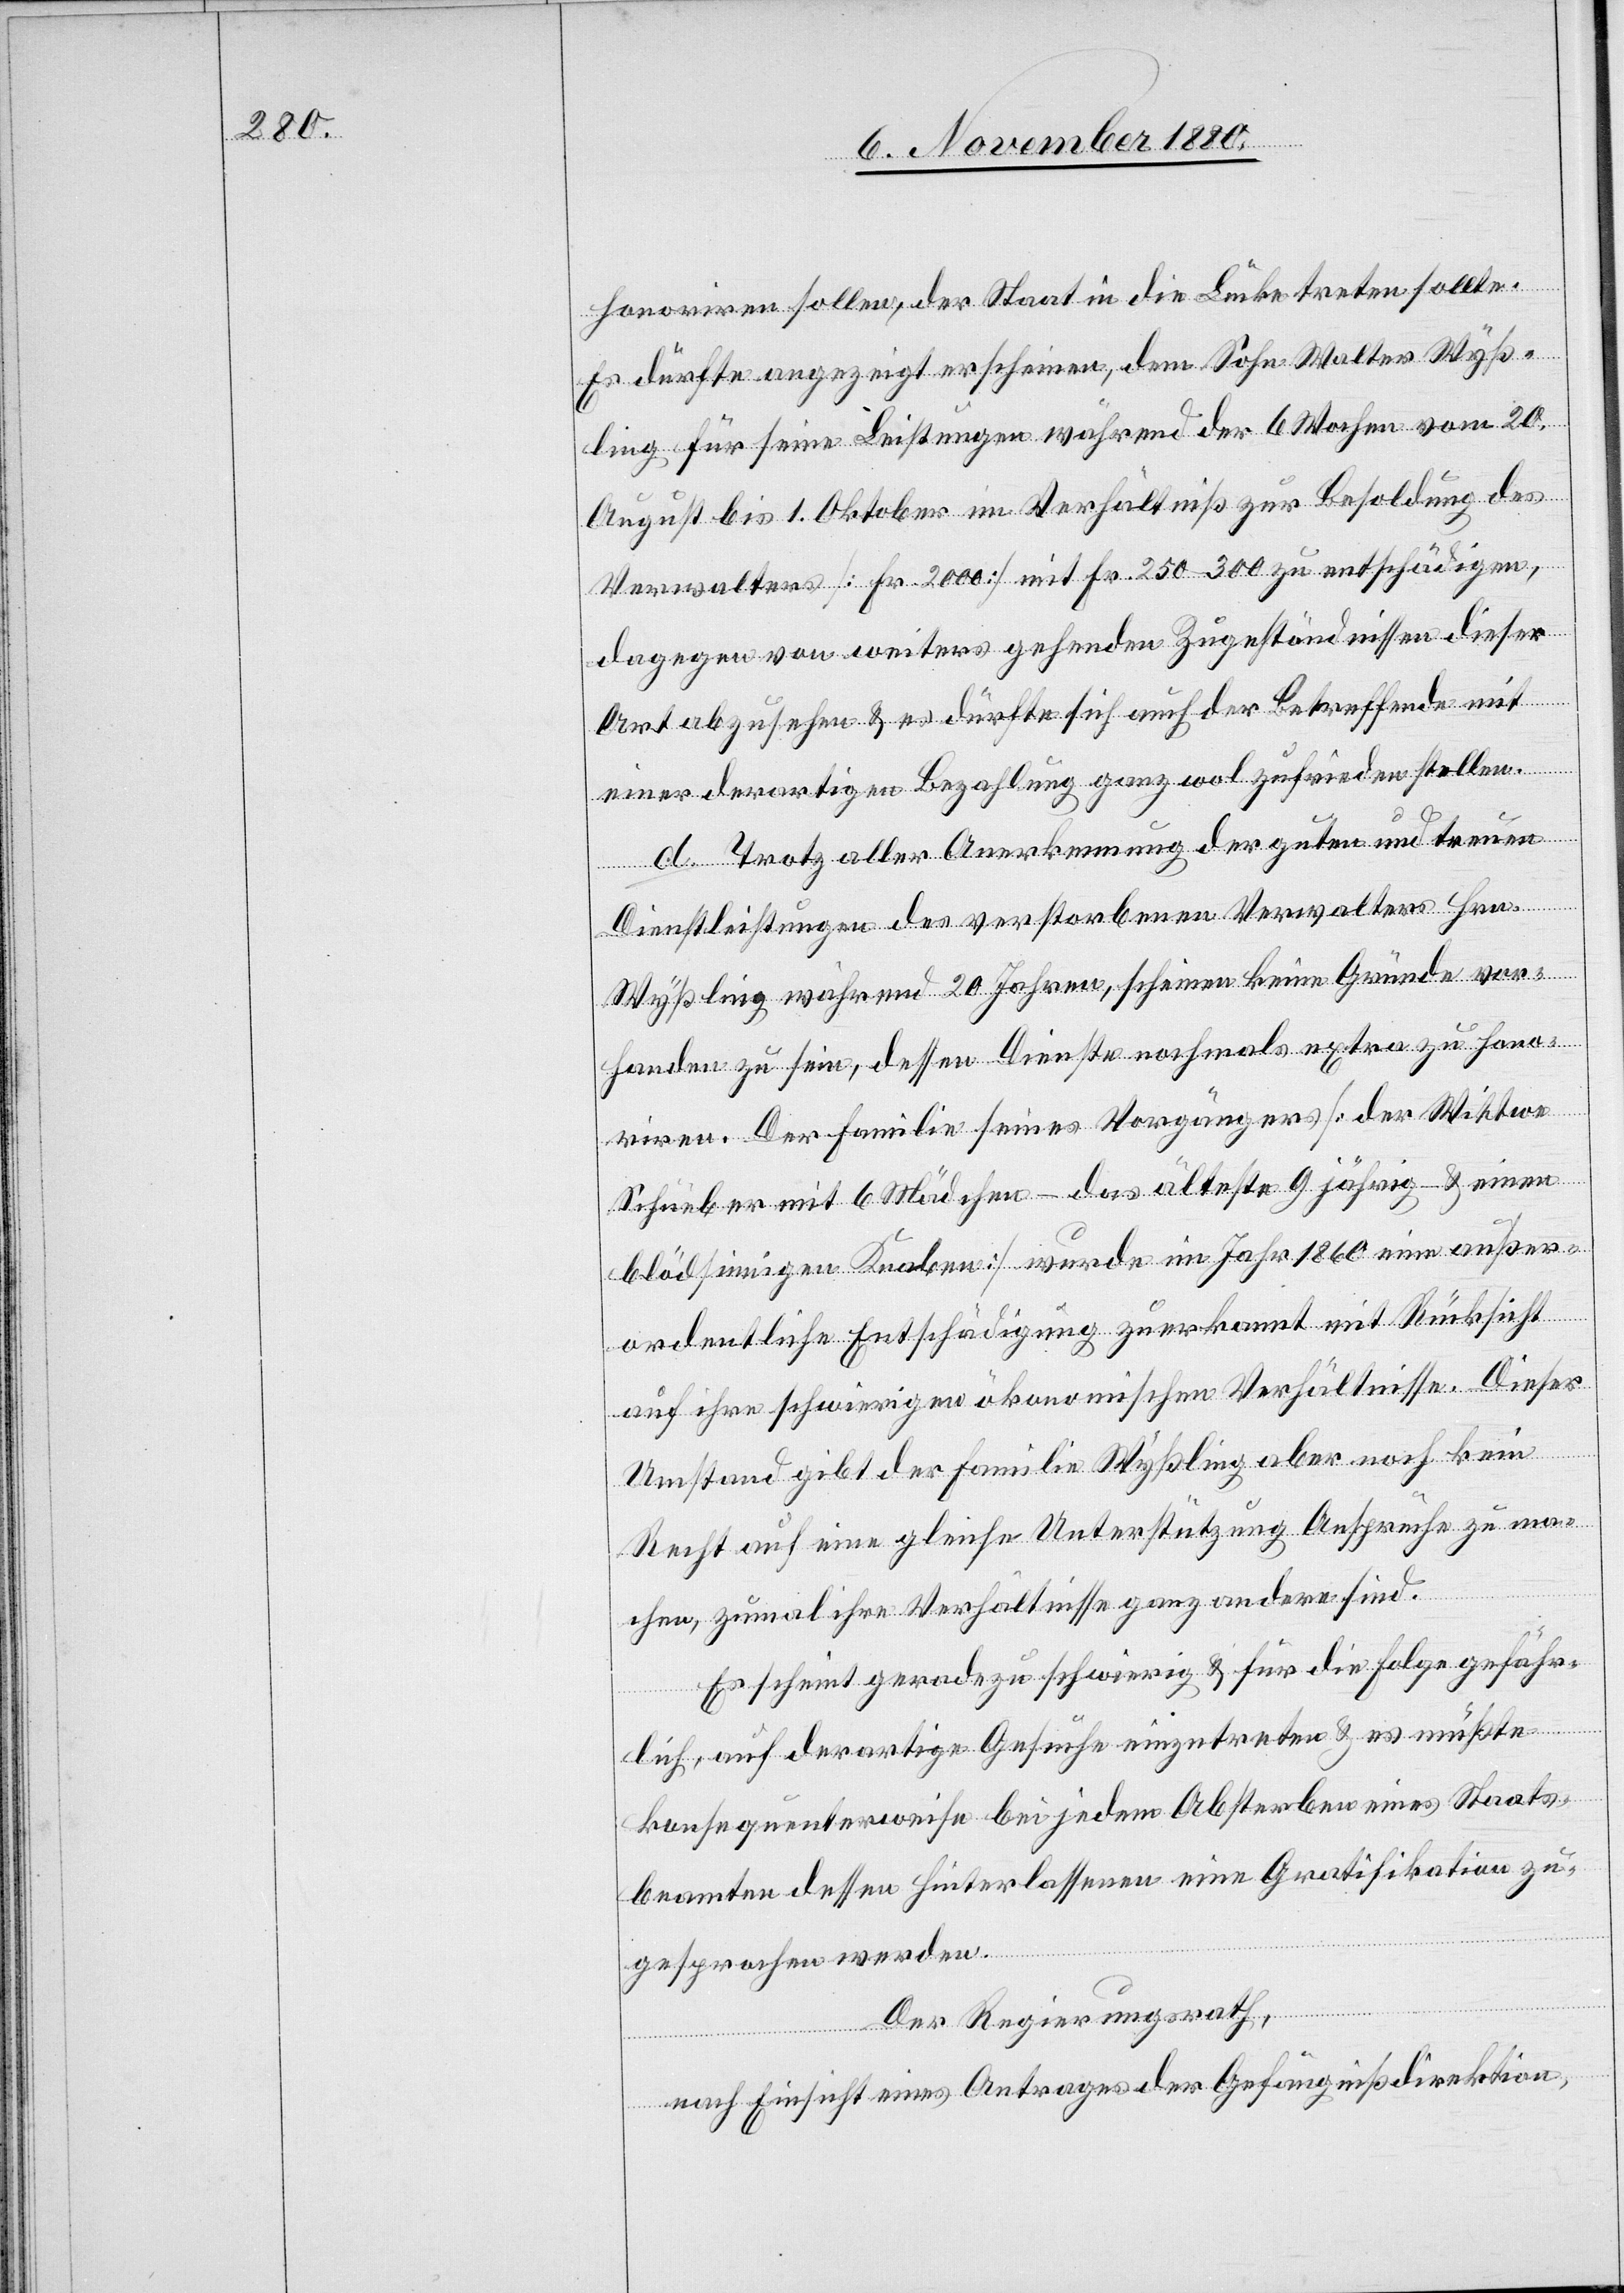
honoriren sollen, der Staat in die Lücke treten sollte.
Es dürfte angezeigt erscheinen, dem Sohn Walter Wyß¬
ling für seine Leistungen während der 6 Wochen vom 20.
August bis 1. Oktober im Verhältniß zur Besoldung des
Verwalters [Fr. 2000] mit Fr. 250–300 zu entschädigen,
dagegen von weiters gehenden Zugeständnissen dieser
Art abzusehen & es dürfte sich auch der Betreffende mit
einer derartigen Bezahlung ganz wol zufrieden stellen.
d. Trotz aller Anerkennung der guten und treuen
Dienstleistungen des verstorbenen Verwalters Hrn.
Wyßling während 20 Jahren, scheinen keine Gründe vor¬
handen zu sein, dessen Dienste nochmals extra zu hono¬
riren. Der Familie seines Vorgängers [der Wittwe
Schüeber mit 6 Mädchen – das älteste 9jährig – & einen
blödsinnigen Knaben] wurde im Jahr 1860 eine außer¬
ordentliche Entschädigung zuerkannt mit Rücksicht
auf ihre schwierigen ökonomischen Verhältnisse. Dieser
Umstand gibt der Familie Wyßling aber noch kein
Recht auf eine gleiche Unterstützung Anspruche zu ma¬
chen, zumal ihre Verhältnisse ganz andere sind.
Es scheint geradezu schwierig & für die Folge gefähr¬
lich, auf derartige Gesuche einzutreten & es müßte
konsequenterweise bei jedem Absterben eines Staats¬
beamten dessen Hinterlassenen eine Gratifikation zu¬
gesprochen werden.
Der Regierungsrath,
nach Einsicht eines Antrages der Gefängnißdirektion,